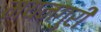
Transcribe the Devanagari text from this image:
मयनगुरी